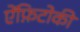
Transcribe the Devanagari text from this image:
ऐंफ़िटोकी